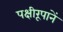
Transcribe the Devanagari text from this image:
पक्षीरूपानें